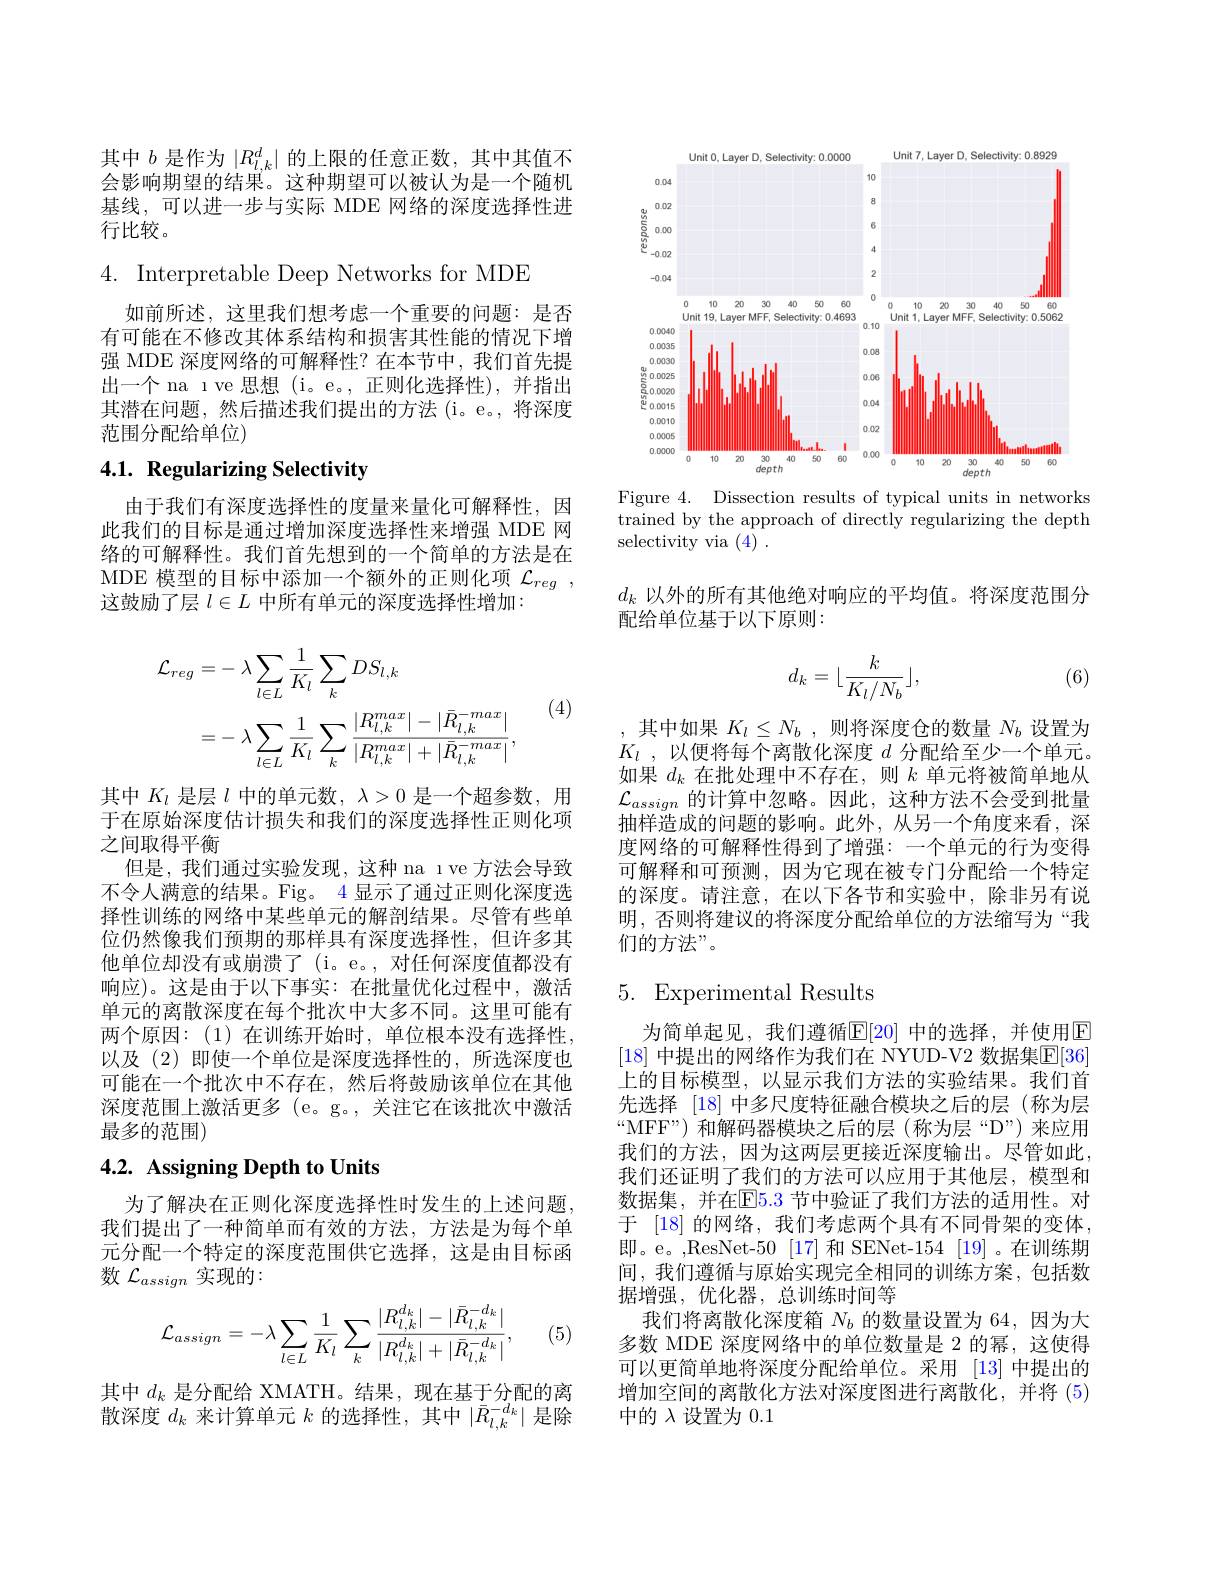
其中$b$是作为$|R_l,k^d|$的上限的任意正数，其中其值不会影响期望的结果。这种期望可以被认为是一个随机基线，可以进一步与实际 MDE 网络的深度选择性进行比较。

4. Interpretable Deep Networks for MDE

如前所述，这里我们想考虑一个重要的问题：是否有可能在不修改其体系结构和损害其性能的情况下增强 MDE 深度网络的可解释性？在本节中，我们首先提出一个 na ıve 思想(i。e。,正则化选择性),并指出其潜在问题，然后描述我们提出的方法 (i。e。,将深度范围分配给单位)

# 4.1. Regularizing Selectivity

由于我们有深度选择性的度量来量化可解释性，因此我们的目标是通过增加深度选择性来增强 MDE 网络的可解释性。我们首先想到的一个简单的方法是在MDE 模型的目标中添加一个额外的正则化项$\mathcal{L}_reg~$, 这鼓励了层$l\in L$中所有单元的深度选择性增加：
$$\begin{aligned}\mathcal{L}_{reg}&=-\:\lambda\sum_{l\in L}\frac{1}{K_{l}}\sum_{k}DS_{l,k}\\&=-\:\lambda\sum_{l\in L}\frac{1}{K_{l}}\sum_{k}\frac{|R_{l,k}^{max}|-|\bar{R}_{l,k}^{-max}|}{|R_{l,k}^{max}|+|\bar{R}_{l,k}^{-max}|},\end{aligned}$$
(4)

其中$K_l$是层$l$中的单元数，$\lambda>0$是一个超参数，用于在原始深度估计损失和我们的深度选择性正则化项之间取得平衡
但是，我们通过实验发现，这种 na ıve 方法会导致不令人满意的结果。Fig。4 显示了通过正则化深度选择性训练的网络中某些单元的解剖结果。尽管有些单位仍然像我们预期的那样具有深度选择性，但许多其他单位却没有或崩溃了(i。e。,对任何深度值都没有响应)。这是由于以下事实：在批量优化过程中，激活单元的离散深度在每个批次中大多不同。这里可能有两个原因：(1)在训练开始时，单位根本没有选择性， 以及 (2)即使一个单位是深度选择性的，所选深度也可能在一个批次中不存在，然后将鼓励该单位在其他深度范围上激活更多 (e。g。, 关注它在该批次中激活最多的范围)

# 4.2. Assigning Depth to Units

为了解决在正则化深度选择性时发生的上述问题， 我们提出了一种简单而有效的方法，方法是为每个单元分配一个特定的深度范围供它选择，这是由目标函数$\mathcal{L}_{assign}$实现的：

(5)
$$\mathcal{L}_{assign}=-\lambda\sum_{l\in L}\frac{1}{K_{l}}\sum_{k}\frac{|R_{l,k}^{d_{k}}|-|\bar{R}_{l,k}^{-d_{k}}|}{|R_{l,k}^{d_{k}}|+|\bar{R}_{l,k}^{-d_{k}}|},$$
其中$d_k$是分配给 XMATH。结果，现在基于分配的离散深度$d_k$来计算单元$k$的选择性，其中$|\bar{R}_l,k^{-d_k}|$是除

<FigureHere>

Figure 4. Dissection results of typical units in networks trained by the approach of directly regularizing the depth selectivity via (4) .

$d_k$以外的所有其他绝对响应的平均值。将深度范围分
配给单位基于以下原则：
$$d_k=\lfloor\frac{k}{K_l/N_b}\rfloor,$$
(6)

其中如果$K_l\leq N_b$,则将深度仓的数量$N_b$设置为$K_l$ , 以便将每个离散化深度 $d$ 分配给至少一个单元。如果$d_k$在批处理中不存在，则$k$单元将被简单地从$\mathcal{L}_{assign}$的计算中忽略。因此，这种方法不会受到批量抽样造成的问题的影响。此外，从另一个角度来看，深度网络的可解释性得到了增强：一个单元的行为变得可解释和可预测，因为它现在被专门分配给一个特定的深度。请注意，在以下各节和实验中，除非另有说明，否则将建议的将深度分配给单位的方法缩写为“我们的方法”。

# 5. Experimental Results

为简单起见，我们遵循$\overline{\mathrm{E}}[20]$ 中的选择，并使用$\overline{\mathrm{E}}$ [18] 中提出的网络作为我们在 NYUD-V2 数据集$\mathbb{E}[36]$ 上的目标模型，以显示我们方法的实验结果。我们首先选择 [18] 中多尺度特征融合模块之后的层(称为层$“$MFF" ) 和解码器模块之后的层(称为层“D”)来应用我们的方法，因为这两层更接近深度输出。尽管如此， 我们还证明了我们的方法可以应用于其他层，模型和数据集，并在E5.3 节中验证了我们方法的适用性。对于 [18] 的网络，我们考虑两个具有不同骨架的变体， 即。e。,ResNet-50 [17] 和 SENet-154 [19] 。在训练期间，我们遵循与原始实现完全相同的训练方案，包括数据增强，优化器，总训练时间等
我们将离散化深度箱$N_b$的数量设置为 64,因为大多数 MDE 深度网络中的单位数量是 2 的幂，这使得可以更简单地将深度分配给单位。采用 [13]中提出的增加空间的离散化方法对深度图进行离散化，并将 (5) 中的$\lambda$设置为0.1